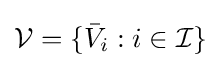
{\mathcal {V}}=\{{\bar {V}}_{i}:i\in {\mathcal {I}}\}